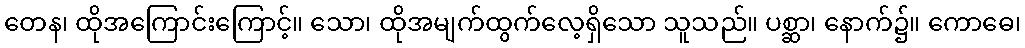
တေန၊ ထိုအကြောင်းကြောင့်။ သော၊ ထိုအမျက်ထွက်လေ့ရှိသော သူသည်။ ပစ္ဆာ၊ နောက်၌။ ကောဓေ၊